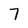
Character: 7